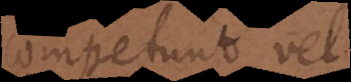
competunt vel